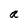
Character: a